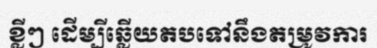
ខ្លីៗ ដើម្បីឆ្លើយតបទៅនឹងតម្រូវការ